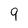
Character: 9